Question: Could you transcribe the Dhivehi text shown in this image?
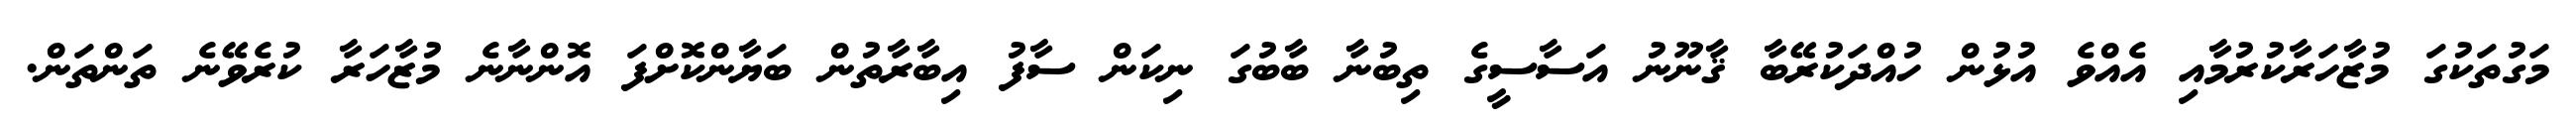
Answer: މަގުތަކުގަ މުޒާހަރާކުރުމާއި އެއްވެ އުޅުން ހުއްދަކުރޭބާ ޤާނޫނު އަސާސީގެ ތިބުނާ ބާބުގަ ނިކަން ސާފު އިބާރާތުން ބަޔާންކޮށްފަ އޮންނާނެ މުޒާހަރާ ކުރެވޭނެ ތަންތަން.